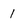
Character: 1